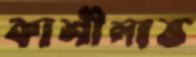
কাশীলাভ